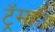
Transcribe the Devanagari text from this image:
ट्रॅमही